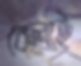
বেলাই